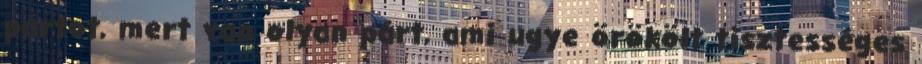
pártot, mert van olyan párt, ami ugye örökölt tisztességes